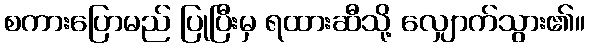
စကားပြောမည် ပြုပြီးမှ ရထားဆီသို့ လျှောက်သွား၏။